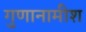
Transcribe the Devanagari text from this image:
गुणानामीश